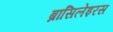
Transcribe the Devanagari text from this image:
ब्रासिलेइरस